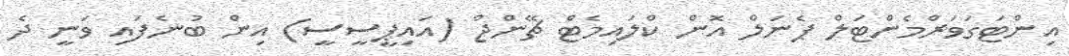
އިންޓަގަވަރްމެންޓަލް ޕެނަލް އޮން ކްލައިމެޓް ޗޭންޖް (އައިޕީސީސީ) އިން ބުނެފައި ވަނީ ދެ